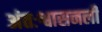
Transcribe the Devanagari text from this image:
अंतःश्वासनली